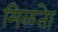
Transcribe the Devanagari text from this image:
मिळतेा